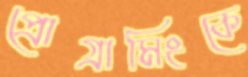
প্রোগ্রামিংকে